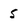
Character: 5